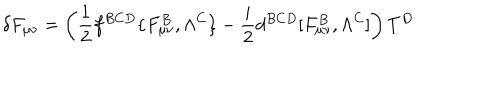
LaTeX: \delta F _ { \mu \nu } = \left( { \frac { 1 } { 2 } } f ^ { B C D } \{ F _ { \mu \nu } ^ { B } , \Lambda ^ { C } \} - { \frac { i } { 2 } } d ^ { B C D } [ F _ { \mu \nu } ^ { B } , \Lambda ^ { C } ] \right) T ^ { D }